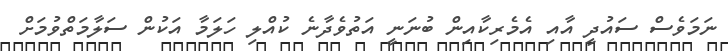
ނަމަވެސް ސައުދީ އާއި އެމެރިކާއިން ބުނަނީ އަތުވެދާނެ ކުއްލި ހަލަމާ އަކުން ސަލާމަތްވުމަށް